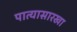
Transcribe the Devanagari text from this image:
पात्यासारखा